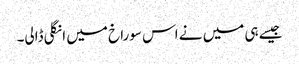
جیسے ہی میں نے اس سوراخ میں انگلی ڈالی۔